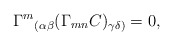
\begin{align*}{\Gamma^m}_{(\alpha\beta}(\Gamma_{mn}C)_{\gamma\delta)}=0,\end{align*}